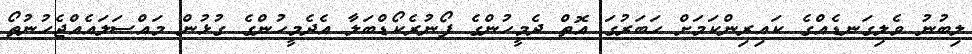
ލިބުނު ވެލިގަނޑެއްގެ ކައިރިންކަމަށް ހަބަރުގަ އޮތް ދެމީހުންގެ ފޯނުރެކޯޑްބަލާ އެދެމީހުންގެ ގުޅުން މައްސަލައެއްޖެހުނުތޯ